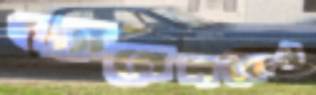
প্যানেলকেও